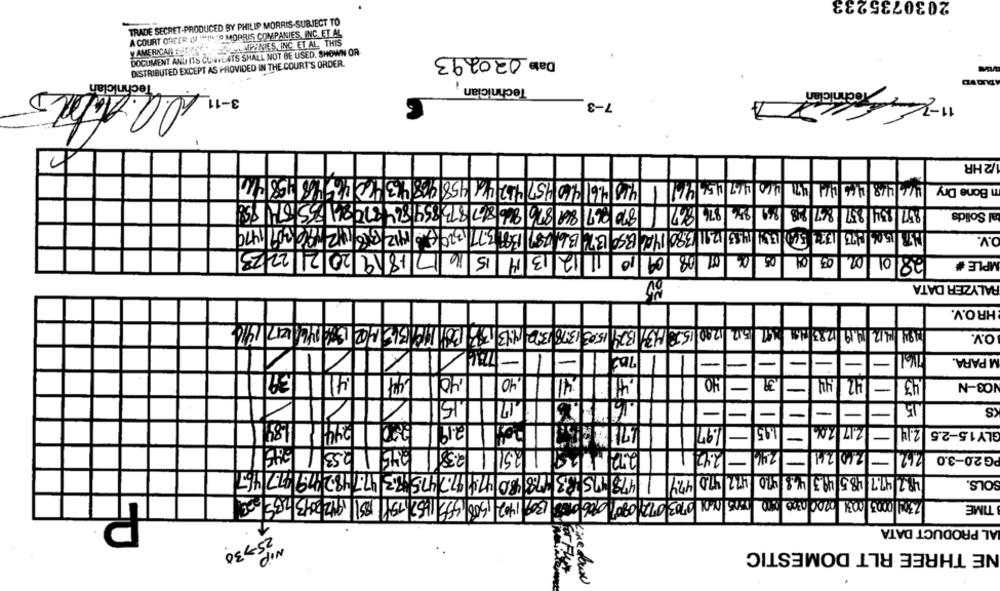
2030735233
TRADE SECRET-PRODUCED BY PHILIP MORRIS-SUBJECT TO
A COURT ORCER IN ""IN " MORRIS COMPANIES, INC. ET AL
SIHL THETON! SIMRAISE
DOCUMENT AND ITS CONTENTS SHALL NOT BE USED. SHOWN OR
Y AMERICAILS21
Date 020293
DISTRIBUTED EXCEPT AS PROVIDED IN THE COURT'S ORDER.
Technician
3-1 .a.And
Technician
A
7-3
1/2 HR
463
415 4.6 4.60 457 462 46 458 468
n Bone Dry
002155154858
870 367 869 816 866 867 8736
856 876 867
al Solids
4. 3.50 13.7 361789 1 3.77 32043 412 31612196309 479
197 15.04 1877 1371 540/1201 1483 12.11 13.80
O.V.
09/10/1 12 13/14 15 16 17 18 19 20 21 22/23
/05/06/07 /08
02/05/04
28/01
MPLE #
RALYZER DATA
HRO.V.
2.199 4/2 1.19 1783 41 :67 512 12.00 1523 /43/ 1324 15.05. 13.78 13.2. 1:13134 301 191363.402 1390 2461 217 1416
O.V.
1
1
1
-
-
-
-
-
-
-
M PARA.
411 39
,40
40
42 44
-
-
43
NO3-N
15
15
S
-
-
-
-
-
2441 18
2.191
1.97
1.45
-
12.17 /206
2.14
GLY1.5-2.5
-
2.45 1 253 11 245
2.381
25111
2.72
2.42
-
2.46
-
200/24
2.62
PG 20-3.0
-
83 17.7482 119 47746
3:178 80 424
473H75
47.2
48.2 47.7/48.5 49.3 46.8 -10
470 424
SOLS.
15/199 51 1/2013 25 00
0000 9505 001 0703 072 0801 0906 0003 1309 1402 ,500 ,559
TIME
AL PRODUCT DATA
25-30
NE THREE RLT DOMESTIC
wip